Report on the bubonic plague in Bombay, 1896-1897
Year: 1896
Disease focus: Plague
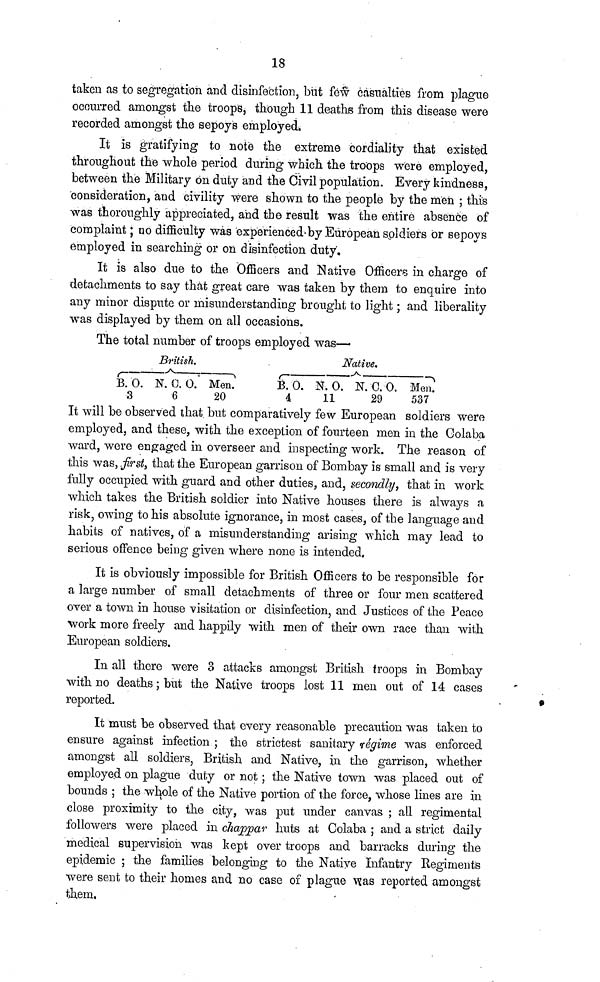
18
taken as to segregation and disinfection, but few casualties from plague
occurred amongst the troops, though 11 deaths from this disease were
recorded amongst the sepoys employed.
It is gratifying to note the extreme cordiality that existed
throughout the whole period during which the troops were employed,
between the Military on duty and the Civil population. Every kindness,
consideration, and civility were shown to the people by the men ; this
was thoroughly appreciated, and the result was the entire absence of
complaint; no difficulty was experienced by European slodiers or sepoys
employed in searching or on disinfection duty.
It is also due to the Officers and Native Officers in charge of
detachments to say that great care was taken by them to enquire into
any minor dispute or misunderstanding brought to light; and liberality
was displayed by them on all occasions.
The total number of troops employed was—
British.
Native.
B. 0. N. 0. 0. Men.
B. 0. N. 0. N. C. 0. Men.
3
6
20
4
11
29
537
It will be observed that but comparatively few European soldiers were
employed, and these, with the exception of fourteen men in the Colaba
ward, were engaged in overseer and inspecting work. The reason of
this was, first, that the European garrison of Bombay is small and is very
fully occupied with guard and other duties, and, secondly, that in work
which takes the British soldier into Native houses there is always a
risk, owing to his absolute ignorance, in most cases, of the language and
habits of natives, of a misunderstanding arising which may lead to
serious offence being given where none is intended,
It is obviously impossible for British Officers to be responsible for
a large number of small detachments of three or four men scattered
over a town in house visitation or disinfection, and Justices of the Peace
work more freely and happily with men of their own race than with
European soldiers.
In all there were 3 attacks amongst British troops in Bombay
with no deaths; but the Native troops lost 11 men out of 14 cases
reported.
It must be observed that every reasonable precaution was taken to
ensure against infection ; the strictest sanitary regime was enforced
amongst all soldiers, British and Native, in the garrison, whether
employed on plague duty or not; the Native town was placed out of
bounds ; the whole of the Native portion of the force, whose lines are in
close proximity to the city, was put under canvas ; all regimental
followers were placed in chajppar huts at Colaba ; and a strict daily
medical supervision was kept over troops and barracks during the
epidemic ; the families belonging to the Native Infantry Regiments
were sent to their homes and no case of plague was reported amongst
them.